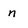
Character: n